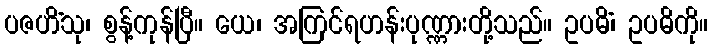
ပဇဟိံသု၊ စွန့်ကုန်ပြီ။ ယေ၊ အကြင်ရဟန်းပုဏ္ဏားတို့သည်။ ဥပဓိံ၊ ဥပဓိကို။